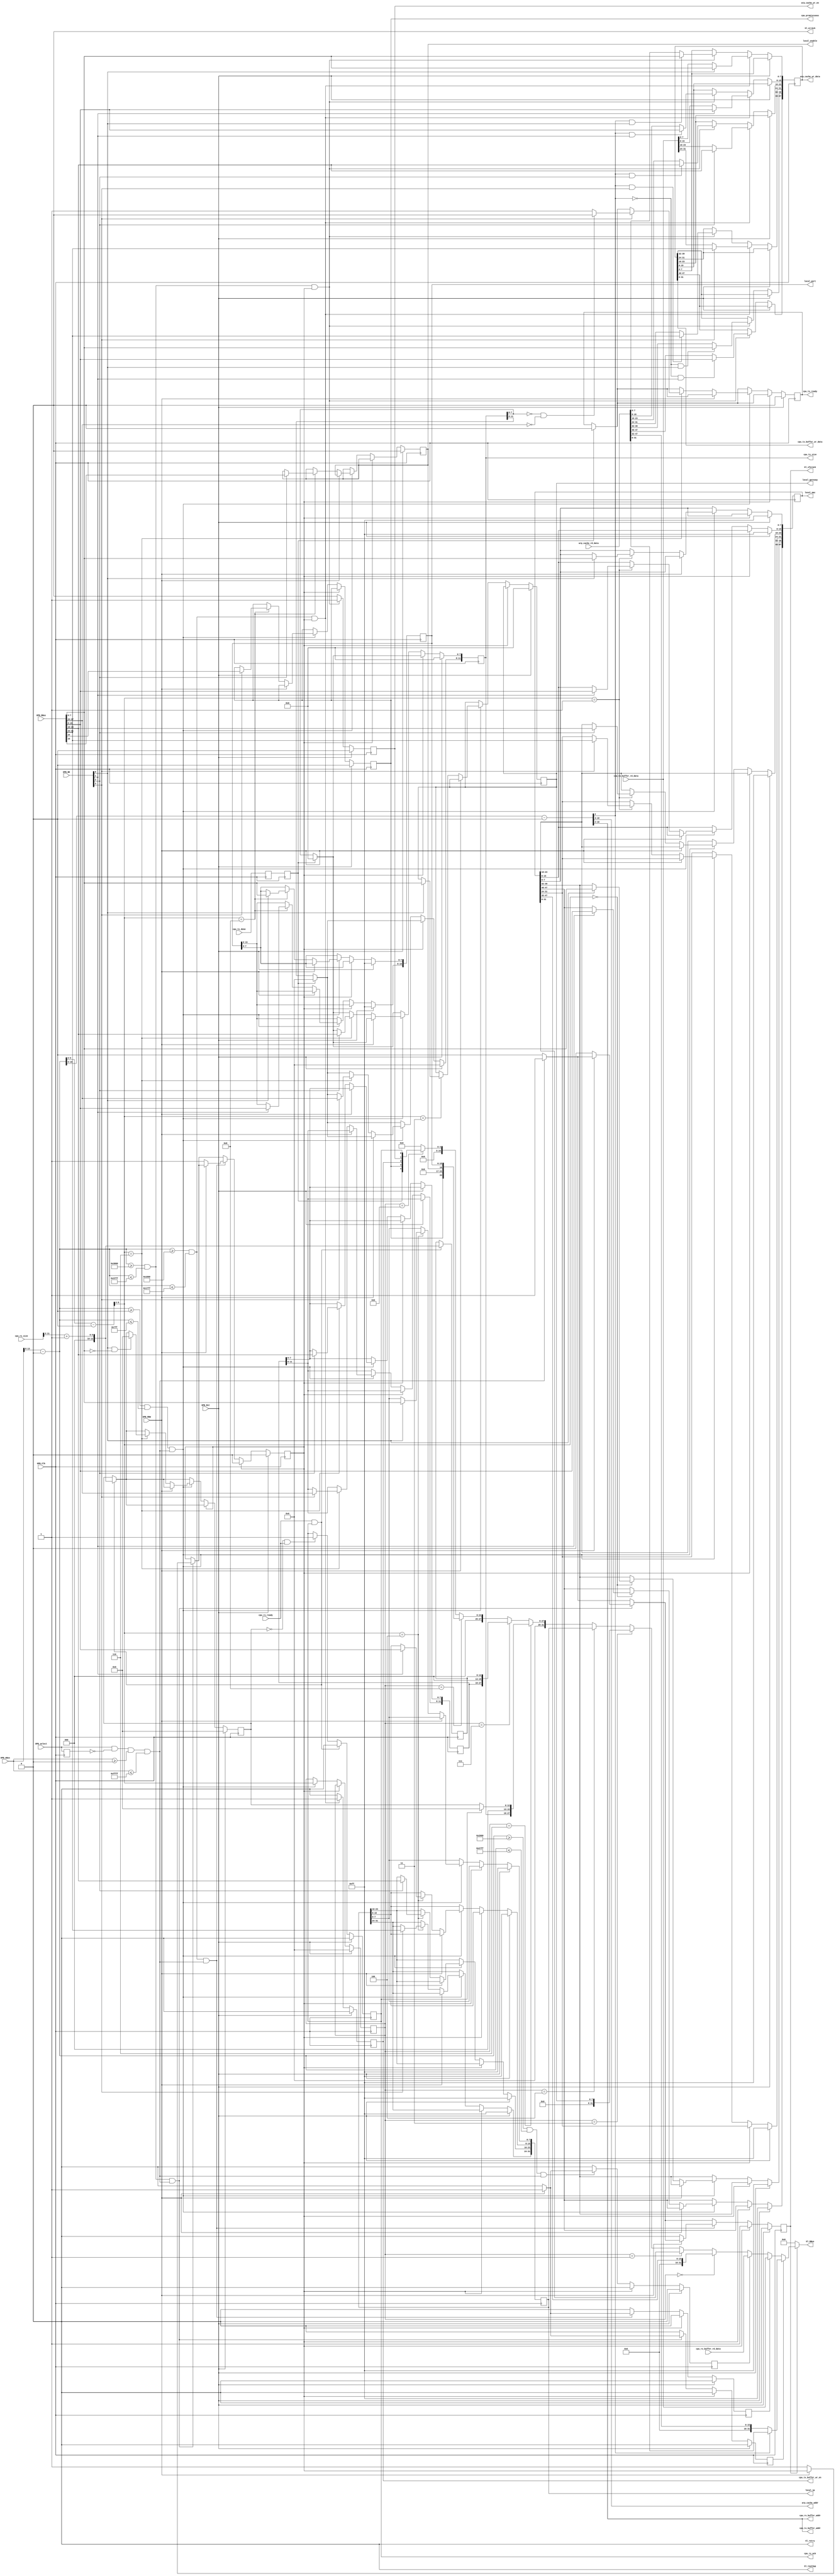
module gbe_cpu_attach #(
    parameter LOCAL_MAC       = 48'hffff_ffff_ffff,
    parameter LOCAL_IP        = 32'hffff_ffff,
    parameter LOCAL_PORT      = 16'hffff,
    parameter LOCAL_GATEWAY   = 8'd0,
    parameter LOCAL_ENABLE    = 0,
    parameter CPU_PROMISCUOUS = 0,
    parameter C_BASEADDR      = 32'h0,
    parameter C_HIGHADDR      = 32'hffff,
    parameter C_OPB_AWIDTH    = 32'hffff,
    parameter C_OPB_DWIDTH    = 32'hffff
  )(
    //OPB attachment
    input         OPB_Clk,
    input         OPB_Rst,
    input         OPB_RNW,
    input         OPB_select,
    input   [3:0] OPB_BE,
    input  [31:0] OPB_ABus,
    input  [31:0] OPB_DBus,
    output [31:0] Sl_DBus,
    output        Sl_errAck,
    output        Sl_retry,
    output        Sl_toutSup,
    output        Sl_xferAck,

    //local registers
    output        local_enable,
    output [47:0] local_mac,
    output [31:0] local_ip,
    output [15:0] local_port,
    output  [7:0] local_gateway,
    output        cpu_promiscuous,
    //ARP Cache
    output  [7:0] arp_cache_addr,
    input  [47:0] arp_cache_rd_data,
    output [47:0] arp_cache_wr_data,
    output        arp_cache_wr_en,
    //rx_buffer bits
    output  [8:0] cpu_rx_buffer_addr,
    input  [31:0] cpu_rx_buffer_rd_data,
    input  [11:0] cpu_rx_size,
    output        cpu_rx_ack,
    input         cpu_rx_ready,
    //tx_buffer bits
    output  [8:0] cpu_tx_buffer_addr,
    input  [31:0] cpu_tx_buffer_rd_data,
    output [31:0] cpu_tx_buffer_wr_data,
    output        cpu_tx_buffer_wr_en,
    output [11:0] cpu_tx_size,
    output        cpu_tx_ready,
    input         cpu_tx_done
  );


  /************* Generic Bus Assignments *************/

  wire        cpu_clk =    OPB_Clk;
  wire        cpu_rst =    OPB_Rst;

  wire        cpu_trans =  /*!cpu_ack_reg && */OPB_select && !OPB_select_z && OPB_ABus >= C_BASEADDR && OPB_ABus <= C_HIGHADDR;
  
  wire  [3:0] cpu_sel   =  OPB_BE;
  wire        cpu_rnw   =  OPB_RNW;
  wire [13:0] cpu_addr  =  OPB_ABus - C_BASEADDR;
  wire [31:0] cpu_din   =  OPB_DBus;

  wire        cpu_ack;
  wire        cpu_err;
  wire [31:0] cpu_dout;
  assign Sl_xferAck = cpu_ack;
  assign Sl_errAck  = cpu_err;
  assign Sl_DBus    = cpu_ack?cpu_dout:32'b0;

  /************* CPU Address Decoding *************/

  localparam REGISTERS_OFFSET = 32'h0000;
  localparam REGISTERS_HIGH   = 32'h07FF;
  localparam TX_BUFFER_OFFSET = 32'h1000;
  localparam TX_BUFFER_HIGH   = 32'h17FF;
  localparam RX_BUFFER_OFFSET = 32'h2000;
  localparam RX_BUFFER_HIGH   = 32'h27FF;
  localparam ARP_CACHE_OFFSET = 32'h3000;
  localparam ARP_CACHE_HIGH   = 32'h37FF;

  wire reg_sel   = (cpu_addr >= REGISTERS_OFFSET) && (cpu_addr <= REGISTERS_HIGH);
  wire rxbuf_sel = (cpu_addr >= RX_BUFFER_OFFSET) && (cpu_addr <= RX_BUFFER_HIGH);
  wire txbuf_sel = (cpu_addr >= TX_BUFFER_OFFSET) && (cpu_addr <= TX_BUFFER_HIGH);
  wire arp_sel   = (cpu_addr >= ARP_CACHE_OFFSET) && (cpu_addr <= ARP_CACHE_HIGH);

  wire [31:0] reg_addr   = cpu_addr - REGISTERS_OFFSET;
  wire [31:0] rxbuf_addr = cpu_addr - RX_BUFFER_OFFSET;
  wire [31:0] txbuf_addr = cpu_addr - TX_BUFFER_OFFSET;
  wire [31:0] arp_addr   = cpu_addr - ARP_CACHE_OFFSET;

  /************** Registers ****************/
  
  localparam REG_LOCAL_MAC_1   = 4'd0;
  localparam REG_LOCAL_MAC_0   = 4'd1;
  localparam REG_LOCAL_GATEWAY = 4'd3;
  localparam REG_LOCAL_IPADDR  = 4'd4;
  localparam REG_BUFFER_SIZES  = 4'd6;
  localparam REG_BUFFER_SIZES_LATCH  = 4'd7;
  localparam REG_VALID_PORTS   = 4'd8;
  localparam REG_HANDSHAKE_STAT  = 4'd11;

  reg [47:0] local_mac_reg;
  reg [31:0] local_ip_reg;
  reg  [7:0] local_gateway_reg;
  reg [15:0] local_port_reg;
  reg        local_enable_reg;
  reg        cpu_promiscuous_reg;

  assign local_mac         = local_mac_reg;
  assign local_ip          = local_ip_reg;
  assign local_gateway     = local_gateway_reg;
  assign local_port        = local_port_reg;
  assign local_enable      = local_enable_reg;
  assign cpu_promiscuous   = cpu_promiscuous_reg;

  reg use_arp_data, use_tx_data, use_rx_data;

  reg [3:0] cpu_data_src;

  /* RX/TX Buffer Control regs */

  reg [12:0] cpu_rx_size_reg,cpu_rx_size_reg_latch;
  reg [11:0] cpu_tx_size_reg,cpu_tx_size_reg_latch;
  reg        cpu_tx_ready_reg;
  reg        cpu_rx_ack_reg;
  assign cpu_tx_size  = cpu_tx_size_reg;
  assign cpu_tx_ready = cpu_tx_ready_reg;
  assign cpu_rx_ack   = cpu_rx_ack_reg;

  reg cpu_wait;
  reg cpu_ack_reg;

  reg OPB_select_z;
  always @(posedge cpu_clk) begin
    OPB_select_z <= OPB_select;
  end


  /* CPU Tx Done retimer 
  Sync cpu_tx_done from mac_tx_clk domain
  */

  reg cpu_tx_doneR;
  reg cpu_tx_doneRR;
  wire cpu_tx_done_retimed = cpu_tx_doneRR;
  always @(posedge cpu_clk) begin
    cpu_tx_doneR  <= cpu_tx_done;
    cpu_tx_doneRR <= cpu_tx_doneR;
  end


  
  always @(posedge cpu_clk) begin
    //strobes
    cpu_ack_reg      <= 1'b0;
    use_arp_data     <= 1'b0;
    use_tx_data      <= 1'b0;
    use_rx_data      <= 1'b0;

    /* When the udp wrapper has sent the packet we tell the user by clearing 
       the size register */
    if (cpu_tx_done_retimed) begin      
      cpu_tx_size_reg  <= 12'd0;       
      cpu_tx_ready_reg <= 1'b0;
    end

    /* The size will be set to zero when the double buffer is swapped */
    if (cpu_rx_size_reg == 13'h0 && cpu_rx_ready) begin
      cpu_rx_ack_reg  <= 1'b1;
    end

    if (cpu_rx_ready && cpu_rx_ack_reg) begin
      //cpu_rx_size_reg <= cpu_rx_size + 1;
      // CPU sends rx size in 8 byte (64 bit) words 
      cpu_rx_size_reg <= {3'b0,cpu_rx_size[11:3]} + 1; // size in words = round up (cpu_tx_size / 8)
      cpu_rx_size_reg_latch <= {3'b0,cpu_rx_size[11:3]} + 1; // size in words = round up (cpu_tx_size / 8)
      cpu_rx_ack_reg  <= 1'b0;
    end

    if (cpu_rst) begin
      cpu_rx_size_reg   <= 13'b0;
      cpu_tx_ready_reg  <= 1'b0;

      cpu_data_src      <= 4'b0;

      local_mac_reg     <= LOCAL_MAC;
      local_ip_reg      <= LOCAL_IP;
      local_gateway_reg <= LOCAL_GATEWAY;
      local_port_reg    <= LOCAL_PORT;
      local_enable_reg  <= LOCAL_ENABLE;

      cpu_tx_size_reg   <= 12'd0;

      cpu_rx_ack_reg    <= 1'b0;

      cpu_wait          <= 1'b0;

      cpu_promiscuous_reg <= CPU_PROMISCUOUS;

    end else if (cpu_wait) begin
      cpu_wait <= 1'b0;
      cpu_ack_reg  <= 1'b1;
    end else begin

      if (cpu_trans)
        cpu_ack_reg <= 1'b1;

      // ARP Cache
      if (arp_sel && cpu_trans) begin 
        if (!cpu_rnw) begin
          cpu_ack_reg  <= 1'b0;
          cpu_wait <= 1'b1;
        end else begin
          use_arp_data <= 1'b1;
        end
      end

      // RX Buffer 
      if (rxbuf_sel && cpu_trans) begin
        if (!cpu_rnw) begin
        end else begin
          use_rx_data <= 1'b1;
        end
      end

      // TX Buffer 
      if (txbuf_sel && cpu_trans) begin
        if (!cpu_rnw) begin
          cpu_ack_reg  <= 1'b0;
          cpu_wait <= 1'b1;
        end else begin
          use_tx_data <= 1'b1;
        end
      end

      // registers
      if (reg_sel && cpu_trans) begin
        cpu_data_src <= reg_addr[5:2];
        if (!cpu_rnw) begin
          case (reg_addr[5:2])
            REG_LOCAL_MAC_1: begin
              if (cpu_sel[0])
                local_mac_reg[39:32] <= cpu_din[7:0];
              if (cpu_sel[1])
                local_mac_reg[47:40] <= cpu_din[15:8];
            end
            REG_LOCAL_MAC_0: begin
              if (cpu_sel[0])
                local_mac_reg[7:0]   <= cpu_din[7:0];
              if (cpu_sel[1])
                local_mac_reg[15:8]  <= cpu_din[15:8];
              if (cpu_sel[2])
                local_mac_reg[23:16] <= cpu_din[23:16];
              if (cpu_sel[3])
                local_mac_reg[31:24] <= cpu_din[31:24];
            end
            REG_LOCAL_GATEWAY: begin
              if (cpu_sel[0])
                local_gateway_reg[7:0] <= cpu_din[7:0];
            end
            REG_LOCAL_IPADDR: begin
              if (cpu_sel[0])
                local_ip_reg[7:0]   <= cpu_din[7:0];
              if (cpu_sel[1])
                local_ip_reg[15:8]  <= cpu_din[15:8];
              if (cpu_sel[2])
                local_ip_reg[23:16] <= cpu_din[23:16];
              if (cpu_sel[3])
                local_ip_reg[31:24] <= cpu_din[31:24];
            end
            REG_BUFFER_SIZES: begin
              if (cpu_sel[0] && cpu_din[7:0] == 8'b0) begin
                cpu_rx_size_reg <= 13'h0;
              end
              if (cpu_sel[2]) begin
                cpu_tx_size_reg[7:0]  <= cpu_din[23:16];
                cpu_tx_size_reg_latch[7:0]  <= cpu_din[23:16];                 
              end
              if (cpu_sel[3]) begin
                cpu_tx_size_reg[11:8]  <= cpu_din[27:24];
                cpu_tx_size_reg_latch[11:8]  <= cpu_din[27:24];
                if ((cpu_tx_size_reg[7:0] == 12'h0) && (cpu_din[27:24] == 4'h0))
                  cpu_tx_ready_reg <= 1'b0;
                else
                  cpu_tx_ready_reg <= 1'b1;
              end
            end
            REG_VALID_PORTS: begin
              if (cpu_sel[0])
                local_port_reg[7:0]  <= cpu_din[7:0];
              if (cpu_sel[1])
                local_port_reg[15:8] <= cpu_din[15:8];
              if (cpu_sel[2])
                local_enable_reg     <= cpu_din[16];
              if (cpu_sel[3])
                cpu_promiscuous_reg  <= cpu_din[24];
            end
            default: begin
            end
          endcase
        end
      end
    end
  end

  /********* Handle memory interfaces ***********/

  reg arp_cache_we, tx_buffer_we;

  reg [47:0] write_data; //write data for all three buffers

  always @(posedge cpu_clk) begin
    //strobes
    arp_cache_we <= 1'b0;
    tx_buffer_we <= 1'b0;

    if (cpu_rst) begin
    end else begin
      //populate write_data according to wishbone transaction info & contents
      //of memory
      if (arp_sel && cpu_wait) begin
        arp_cache_we <= 1'b1;

        write_data[ 7: 0] <= arp_addr[2] == 1'b1 & cpu_sel[0] ? cpu_din[ 7: 0] : arp_cache_rd_data[ 7: 0]; 
        write_data[15: 8] <= arp_addr[2] == 1'b1 & cpu_sel[1] ? cpu_din[15: 8] : arp_cache_rd_data[15: 8]; 
        write_data[23:16] <= arp_addr[2] == 1'b1 & cpu_sel[2] ? cpu_din[23:16] : arp_cache_rd_data[23:16]; 
        write_data[31:24] <= arp_addr[2] == 1'b1 & cpu_sel[3] ? cpu_din[31:24] : arp_cache_rd_data[31:24]; 
        write_data[39:32] <= arp_addr[2] == 1'b0 & cpu_sel[0] ? cpu_din[ 7: 0] : arp_cache_rd_data[39:32]; 
        write_data[47:40] <= arp_addr[2] == 1'b0 & cpu_sel[1] ? cpu_din[15: 8] : arp_cache_rd_data[47:40]; 
      end
      if (txbuf_sel && cpu_wait) begin
        tx_buffer_we <= 1'b1;

        write_data[7:0]   <= cpu_sel[0] ? cpu_din[ 7: 0] : cpu_tx_buffer_rd_data[ 7: 0];
        write_data[15:8]  <= cpu_sel[1] ? cpu_din[15: 8] : cpu_tx_buffer_rd_data[15: 8];
        write_data[23:16] <= cpu_sel[2] ? cpu_din[23:16] : cpu_tx_buffer_rd_data[23:16]; 
        write_data[31:24] <= cpu_sel[3] ? cpu_din[31:24] : cpu_tx_buffer_rd_data[31:24]; 
      end
    end
  end

  // memory assignments
  assign arp_cache_addr        = arp_addr[10:3];
  assign arp_cache_wr_data     = write_data;
  assign arp_cache_wr_en       = arp_cache_we;

  assign cpu_tx_buffer_addr    = txbuf_addr[10:2];
  assign cpu_tx_buffer_wr_data = write_data[31:0];
  assign cpu_tx_buffer_wr_en   = tx_buffer_we;

  assign cpu_rx_buffer_addr    = rxbuf_addr[10:2];

  // select what data to put on the bus
  wire [31:0] arp_data_int = arp_addr[2] == 1'b1 ? arp_cache_rd_data[31:0] : {16'b0, arp_cache_rd_data[47:32]};
  wire [31:0] tx_data_int  = cpu_tx_buffer_rd_data[31:0];
  wire [31:0] rx_data_int  = cpu_rx_buffer_rd_data[31:0];

  wire [31:0] cpu_data_int = cpu_data_src == REG_LOCAL_MAC_1   ? {16'b0, local_mac[47:32]} :
                             cpu_data_src == REG_LOCAL_MAC_0   ? local_mac[31:0] :
                             cpu_data_src == REG_LOCAL_GATEWAY ? {24'b0, local_gateway} :
                             cpu_data_src == REG_LOCAL_IPADDR  ? local_ip[31:0] :
                             cpu_data_src == REG_BUFFER_SIZES  ? {4'b0, cpu_tx_size, {3'b0, cpu_rx_ack ? 13'b0 : cpu_rx_size_reg}} :
                             cpu_data_src == REG_BUFFER_SIZES_LATCH  ? {4'b0, cpu_tx_size_reg_latch, {3'b0, cpu_rx_size_reg_latch}} :
                             cpu_data_src == REG_VALID_PORTS   ? {7'b0, cpu_promiscuous_reg, 7'b0, local_enable, local_port} :
                             cpu_data_src == REG_HANDSHAKE_STAT   ? {24'b0, 3'b0, cpu_tx_done_retimed, cpu_promiscuous_reg, tx_buffer_we, arp_cache_we, cpu_rx_ack} :
                                                                 32'b0;

  assign cpu_dout = use_arp_data ? arp_data_int :
                    use_tx_data  ? tx_data_int  :
                    use_rx_data  ? rx_data_int  :
                                   cpu_data_int;

  //assign cpu_err   = 1'b0;
  assign cpu_ack   = cpu_ack_reg;
  
  assign Sl_errAck  = 1'b0; 
  assign Sl_retry   = 1'b0;
  assign Sl_toutSup = 1'b0;
  assign Sl_xferAck = cpu_ack;
  
endmodule